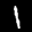
Label: 1